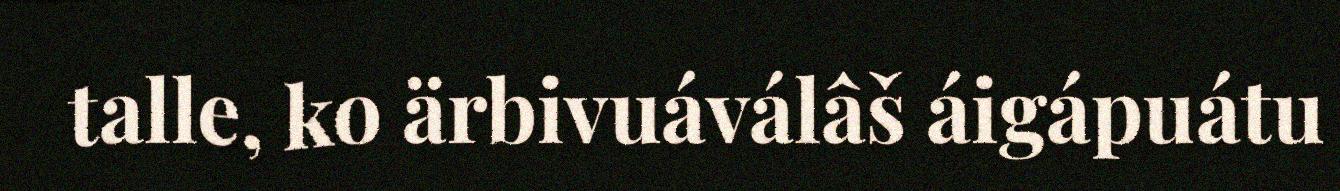
talle, ko ärbivuáválâš áigápuátu